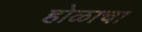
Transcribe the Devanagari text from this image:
होळाचा